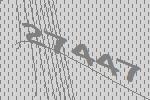
27447